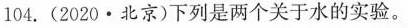
104.(2020·北京)下列是两个关于水的实验。